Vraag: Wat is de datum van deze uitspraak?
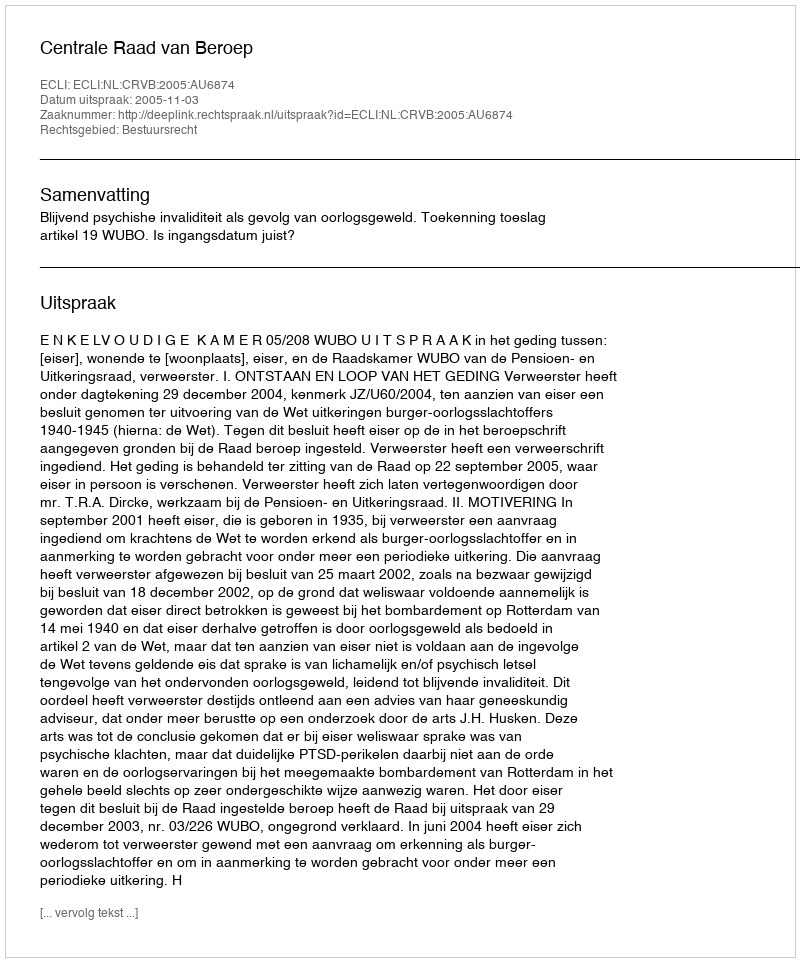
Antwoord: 2005-11-03